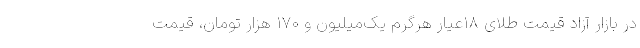
در بازار آزاد قیمت طلای ۱۸عیار هرگرم یک‌میلیون و ۱۷۰ هزار تومان، قیمت